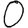
Digit: 0